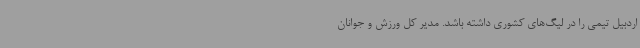
اردبیل تیمی را در لیگ‌های کشوری داشته باشد. مدیر کل ورزش و جوانان